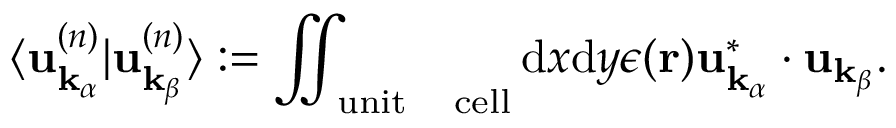
\langle \mathbf { u } _ { \mathbf { k } _ { \alpha } } ^ { ( n ) } \vert \mathbf { u } _ { \mathbf { k } _ { \beta } } ^ { ( n ) } \rangle : = \iint _ { \mathrm { u n i t \quad c e l l } } \mathrm { d } x \mathrm { d } y \epsilon ( \mathbf { r } ) \mathbf { u } _ { \mathbf { k } _ { \alpha } } ^ { * } \cdot \mathbf { u } _ { \mathbf { k } _ { \beta } } .